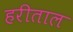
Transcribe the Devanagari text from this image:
हरीताल